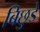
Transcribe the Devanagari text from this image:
बिछुडे